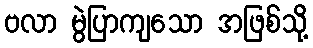
ဗလာ မွဲပြာကျသော အဖြစ်သို့